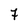
Character: 7